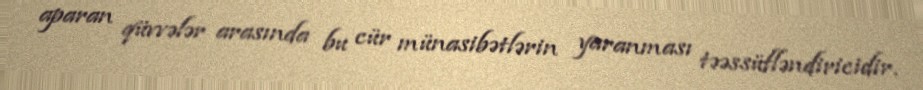
aparan qüvvələr arasında bu cür münasibətlərin yaranması təəssüfləndiricidir.